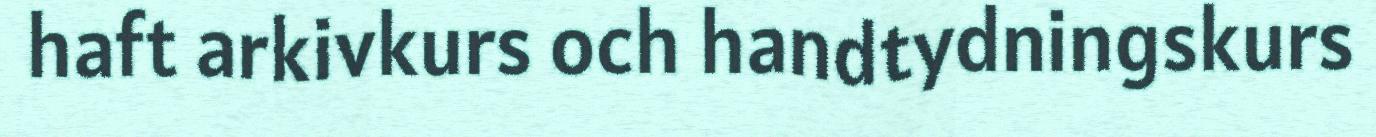
haft arkivkurs och handtydningskurs